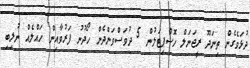
ދުޅަވެގެން ތިނަދޫ ރީޖަނަލް ހޮސްޕިޓަލުން 5 ދުވަސްވަންދެން ހޯދުނު ފަރުވާއިން ހައްލެއް ނުލިބި